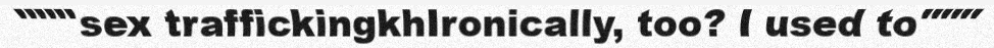
"""sex traffickingkhIronically, too? I used to"""